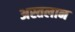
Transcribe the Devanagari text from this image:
अस्तलान